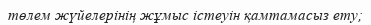
төлем жүйелерінің жұмыс істеуін қамтамасыз ету;